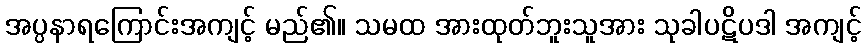
အပ္ပနာရကြောင်းအကျင့် မည်၏။ သမထ အားထုတ်ဘူးသူအား သုခါပဋိပဒါ အကျင့်